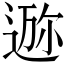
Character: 𱚧